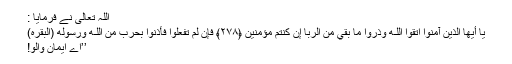
اللہ تعالیٰ نے فرمایا :
يَا أَيُّهَا الَّذِينَ آمَنُوا اتَّقُوا اللَّـهَ وَذَرُوا مَا بَقِيَ مِنَ الرِّبَا إِن كُنتُم مُّؤْمِنِينَ ﴿٢٧٨﴾ فَإِن لَّمْ تَفْعَلُوا فَأْذَنُوا بِحَرْبٍ مِّنَ اللَّـهِ وَرَسُولِهِ (البقرہ)
’’اے ایمان والو!